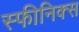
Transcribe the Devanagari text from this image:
स्फीनिक्स